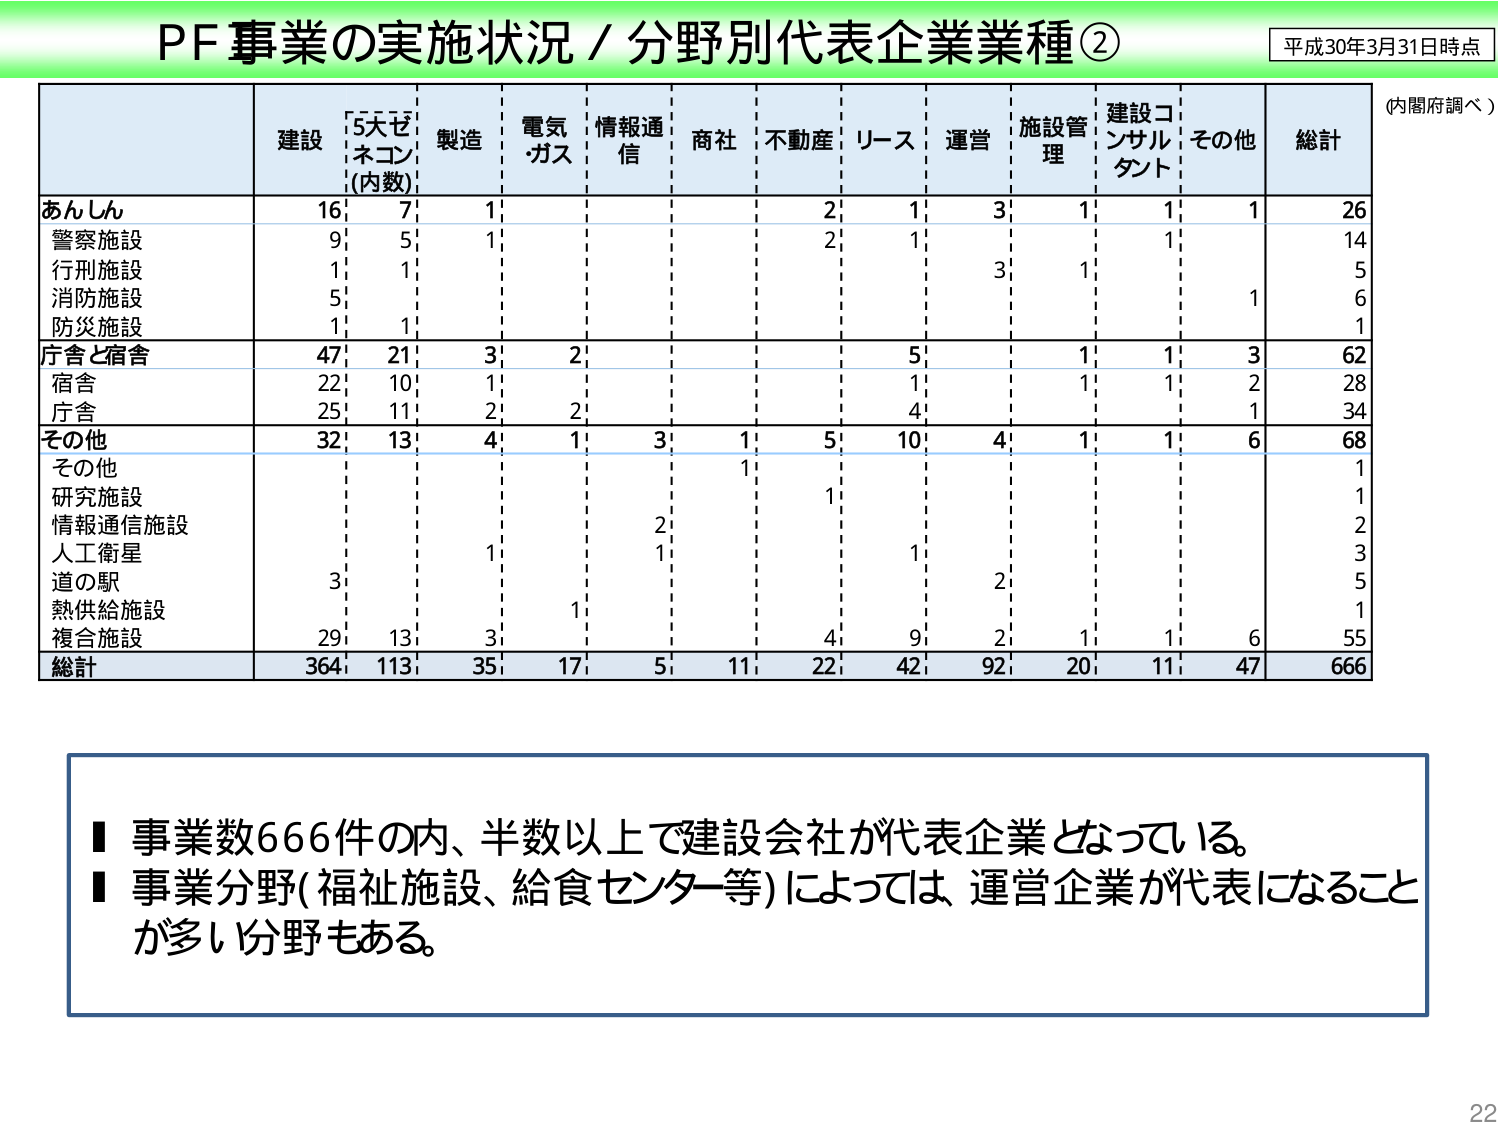
PF事業の実施状況／分野別代表企業業種②
平成30年3月31日時点
(内閣府調べ)
建設 5大ゼネコン(内数) 製造 電気・ガス 情報通信 商社 不動産 リース 運営 施設管理 建設コンサルタント その他 総計
あんしん 16 7 1 2 1 3 1 1 1 26
警察施設 9 5 1 2 1 1 14
行刑施設 1 1 3 1 5
消防施設 5 1 6
防災施設 1 1 1
庁舎と宿舎 47 21 3 2 5 1 1 3 62
宿舎 22 10 1 1 1 2 28
庁舎 25 11 2 2 4 1 34
その他 32 13 4 1 3 1 5 10 4 1 1 6 68
その他 1
研究施設 1
情報通信施設 2
人工衛星 1 1 3
道の駅 3 2 5
熱供給施設 1 1
複合施設 29 13 3 4 9 2 1 1 6 55
総計 364 113 35 17 5 11 22 42 92 20 11 47 666
■事業数666件の内、半数以上で建設会社が代表企業となっている。
■事業分野(福祉施設、給食センター等)によっては、運営企業が代表になることが多い分野もある。
22